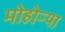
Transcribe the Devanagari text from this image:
मोहोऱ्या